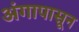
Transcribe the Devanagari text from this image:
अंगापासून